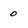
Character: 0